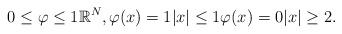
LaTeX: \begin{align*} 0\le\varphi\le1 \mathbb{R}^N, \varphi(x)=1 |x|\le1 \varphi(x)=0 |x|\ge2. \end{align*}